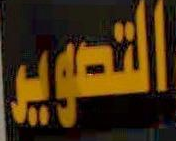
التصوير